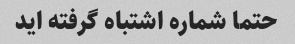
حتما شماره اشتباه گرفته اید